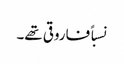
نسباً فاروقی تھے۔